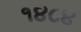
૧૪૮૪